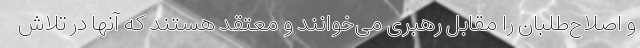
و اصلاح‌طلبان را مقابل رهبری می‌خوانند و معتقد هستند که آنها در تلاش